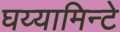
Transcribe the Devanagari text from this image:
घय्यामिन्टे